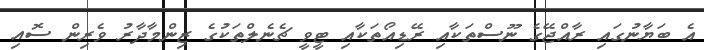
އެ ބަޔާނުގައި ރާއްޖޭގެ ނޫސްތަކާއި ރޭޑިއޯތަކާއި ޓީވީ ޗެނެލްތަކުގެ ޒިންމާދާރު ވެރިން ސޮއި